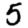
Digit: 5